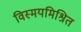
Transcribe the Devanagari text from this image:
विस्मयमिश्रित